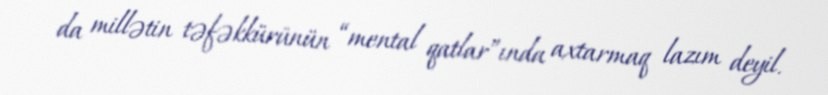
da millətin təfəkkürünün “mental qatlar”ında axtarmaq lazım deyil.